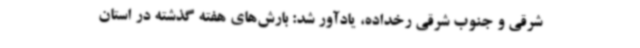
شرقی و جنوب شرقی رخداده، یادآور شد: بارش‌های هفته گذشته در استان